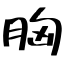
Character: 胸